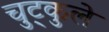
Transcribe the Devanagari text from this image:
चुट्कुले